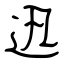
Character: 迅